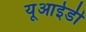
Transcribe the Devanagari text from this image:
यूआईडी